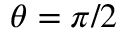
\theta = \pi / 2